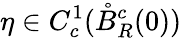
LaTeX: \eta\in C_{c}^{1}(\mathring{B}_{R}^{c}(0))